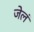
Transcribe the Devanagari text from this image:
जेलं